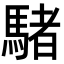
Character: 𩤜